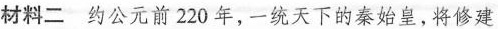
材料二 约公元前220年，一统天下的秦始皇，将修建